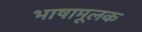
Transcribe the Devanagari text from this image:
भाषामूलक